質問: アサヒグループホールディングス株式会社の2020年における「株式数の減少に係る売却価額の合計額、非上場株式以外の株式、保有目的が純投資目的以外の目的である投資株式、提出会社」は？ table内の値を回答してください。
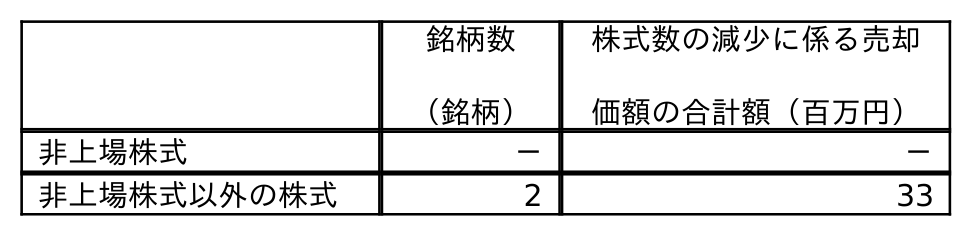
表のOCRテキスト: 銘柄数 （銘柄） 株式数の減少に係る売却 価額の合計額（百万円） 非上場株式 － － 非上場株式以外の株式 2 33
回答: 33